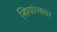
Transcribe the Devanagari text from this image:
स्त्रियांच्यावर